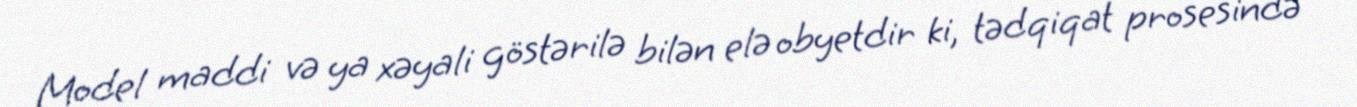
Model maddi və ya xəyali göstərilə bilən elə obyetdir ki, tədqiqat prosesində